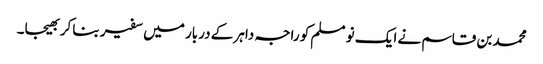
محمد بن قاسم نے ایک نو مسلم کو راجہ داہر کے دربار میں سفیر بنا کر بھیجا۔